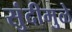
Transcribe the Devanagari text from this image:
सुंदीमुळे